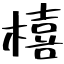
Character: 橲